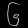
Digit: ၆